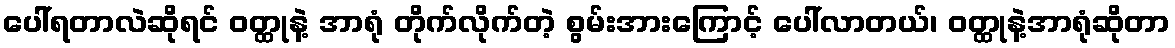
ပေါ်ရတာလဲဆိုရင် ဝတ္ထုနဲ့ အာရုံ တိုက်လိုက်တဲ့ စွမ်းအားကြောင့် ပေါ်လာတယ်၊ ဝတ္ထုနဲ့အာရုံဆိုတာ